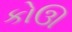
કોઊ